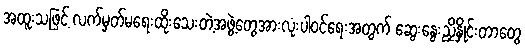
အထူးသဖြင့် လက်မှတ်မရေးထိုးသေးတဲ့အဖွဲ့တွေအားလုံးပါဝင်ရေးအတွက် ဆွေးနွေးညှိနှိုင်းတာတွေ